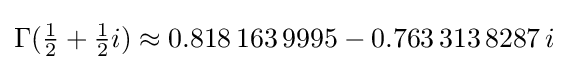
\Gamma ({\tfrac {1}{2}}+{\tfrac {1}{2}}i)\approx 0.818\,163\,9995-0.763\,313\,8287\,i